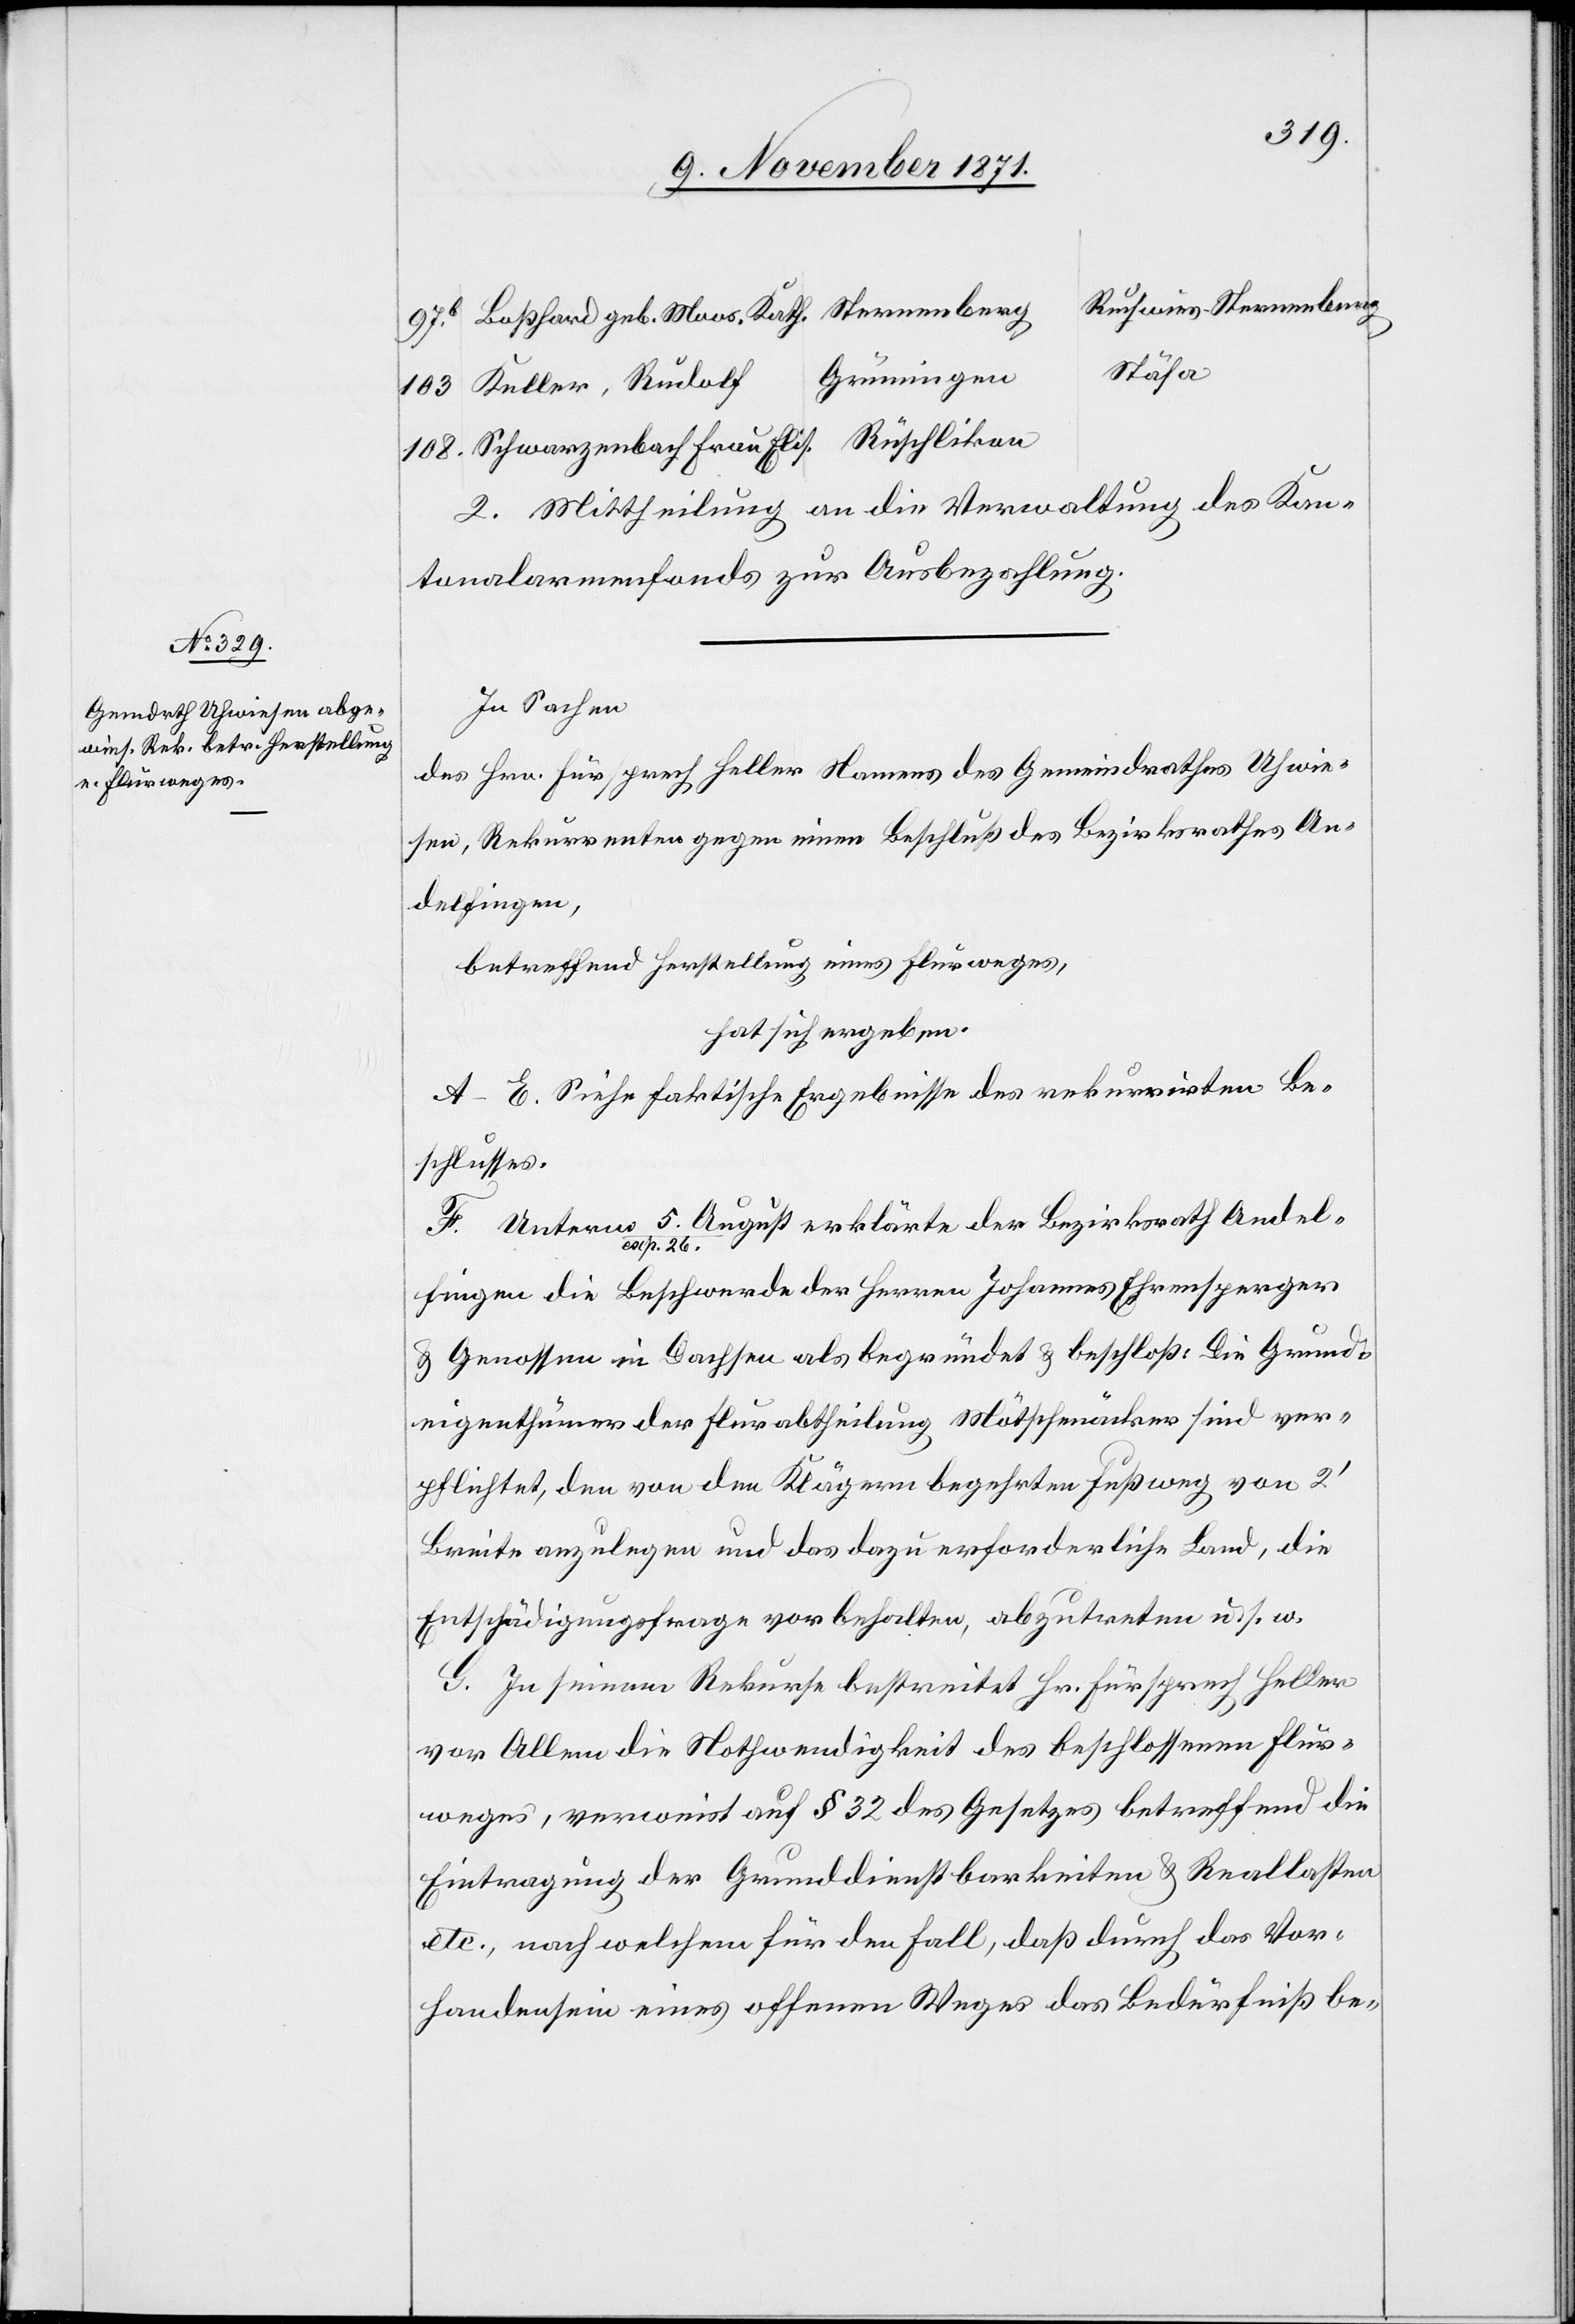
Ruchwies-Sternenberg
Stäfa
2. Mittheilung an die Verwaltung des Kan¬
tonalarmenfonds zur Ausbezahlung.
In Sachen
des Hrn. Fürsprech Heller Namens des Gemeindrathes Uhwie¬
sen, Rekurrenten gegen einen Beschluß des Bezirksrathes An¬
delfingen,
betreffend Herstellung eines Flurweges,
hat sich ergeben:
A–E. Siehe faktische Ergebnisse des rekurrirten Be¬
schlusses.
F. Unterm 5. August erklärte der Bezirksrath Andel¬
fingen die Beschwerde der Herren Johannes Ehrensperger
& Genossen in Dachsen als begründet & beschloß: Die Grund¬
eigenthümer der Flurabtheilung Mötschenäcker sind ver¬
pflichtet, den von den Klägern begehrten Fußweg von 2’
Breite anzulegen und das dazu erforderliche Land, die
Entschädigungsfrage vor behalten, abzutreten u. s. w.
G. In seinem Rekurse berichtet Hr. Fürsprech Heller
vor Allem die Nothwendigkeit des beschlossenen Flur¬
weges, verweist auf § 32 des Gesetzes betreffend die
Eintragung der Grunddienstbarkeiten & Reallasten
etc., nach welchem für den Fall, daß durch das Vor¬
handensein eines offenen Weges das Bedürfniß be-